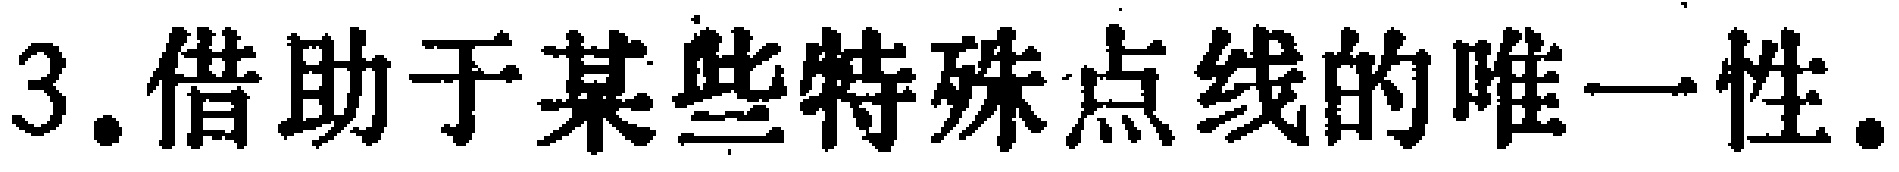
3.借助于某些特殊点线的唯一性.